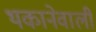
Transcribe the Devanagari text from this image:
थकानेवाली